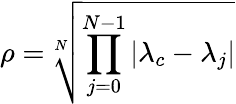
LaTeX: \rho=\sqrt[N]{\prod_{j=0}^{N-1}|\lambda_{c}-\lambda_{j}|}